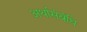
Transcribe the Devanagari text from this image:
अर्थासंबंधि